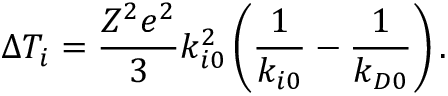
\Delta T _ { i } = \frac { Z ^ { 2 } e ^ { 2 } } { 3 } k _ { i 0 } ^ { 2 } \left( \frac { 1 } { k _ { i 0 } } - \frac { 1 } { k _ { D 0 } } \right) .